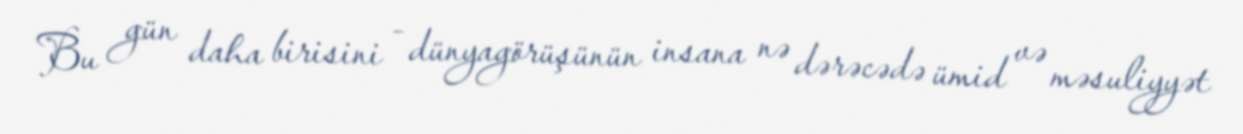
Bu gün daha birisini - dünyagörüşünün insana nə dərəcədə ümid və məsuliyyət